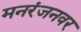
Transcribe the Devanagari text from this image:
मनरंजनवर